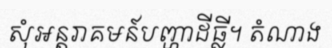
សុំអន្តរាគមន៍បញ្ហាដីធ្លី។ តំណាង